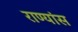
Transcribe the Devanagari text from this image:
राण्यांस